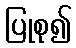
ပြုစု၍